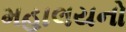
મહાલયનો